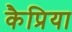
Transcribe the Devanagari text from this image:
कैप्रिया